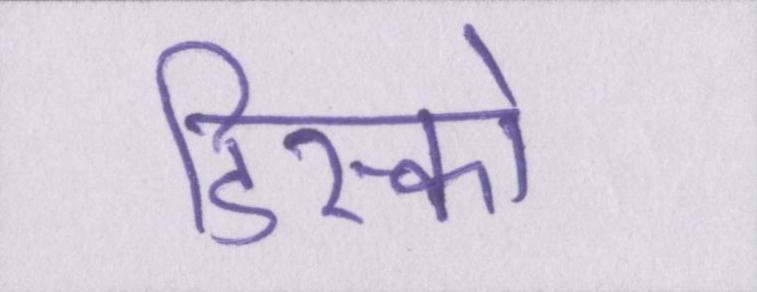
डिस्को